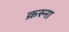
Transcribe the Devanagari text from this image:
क्रस्ना